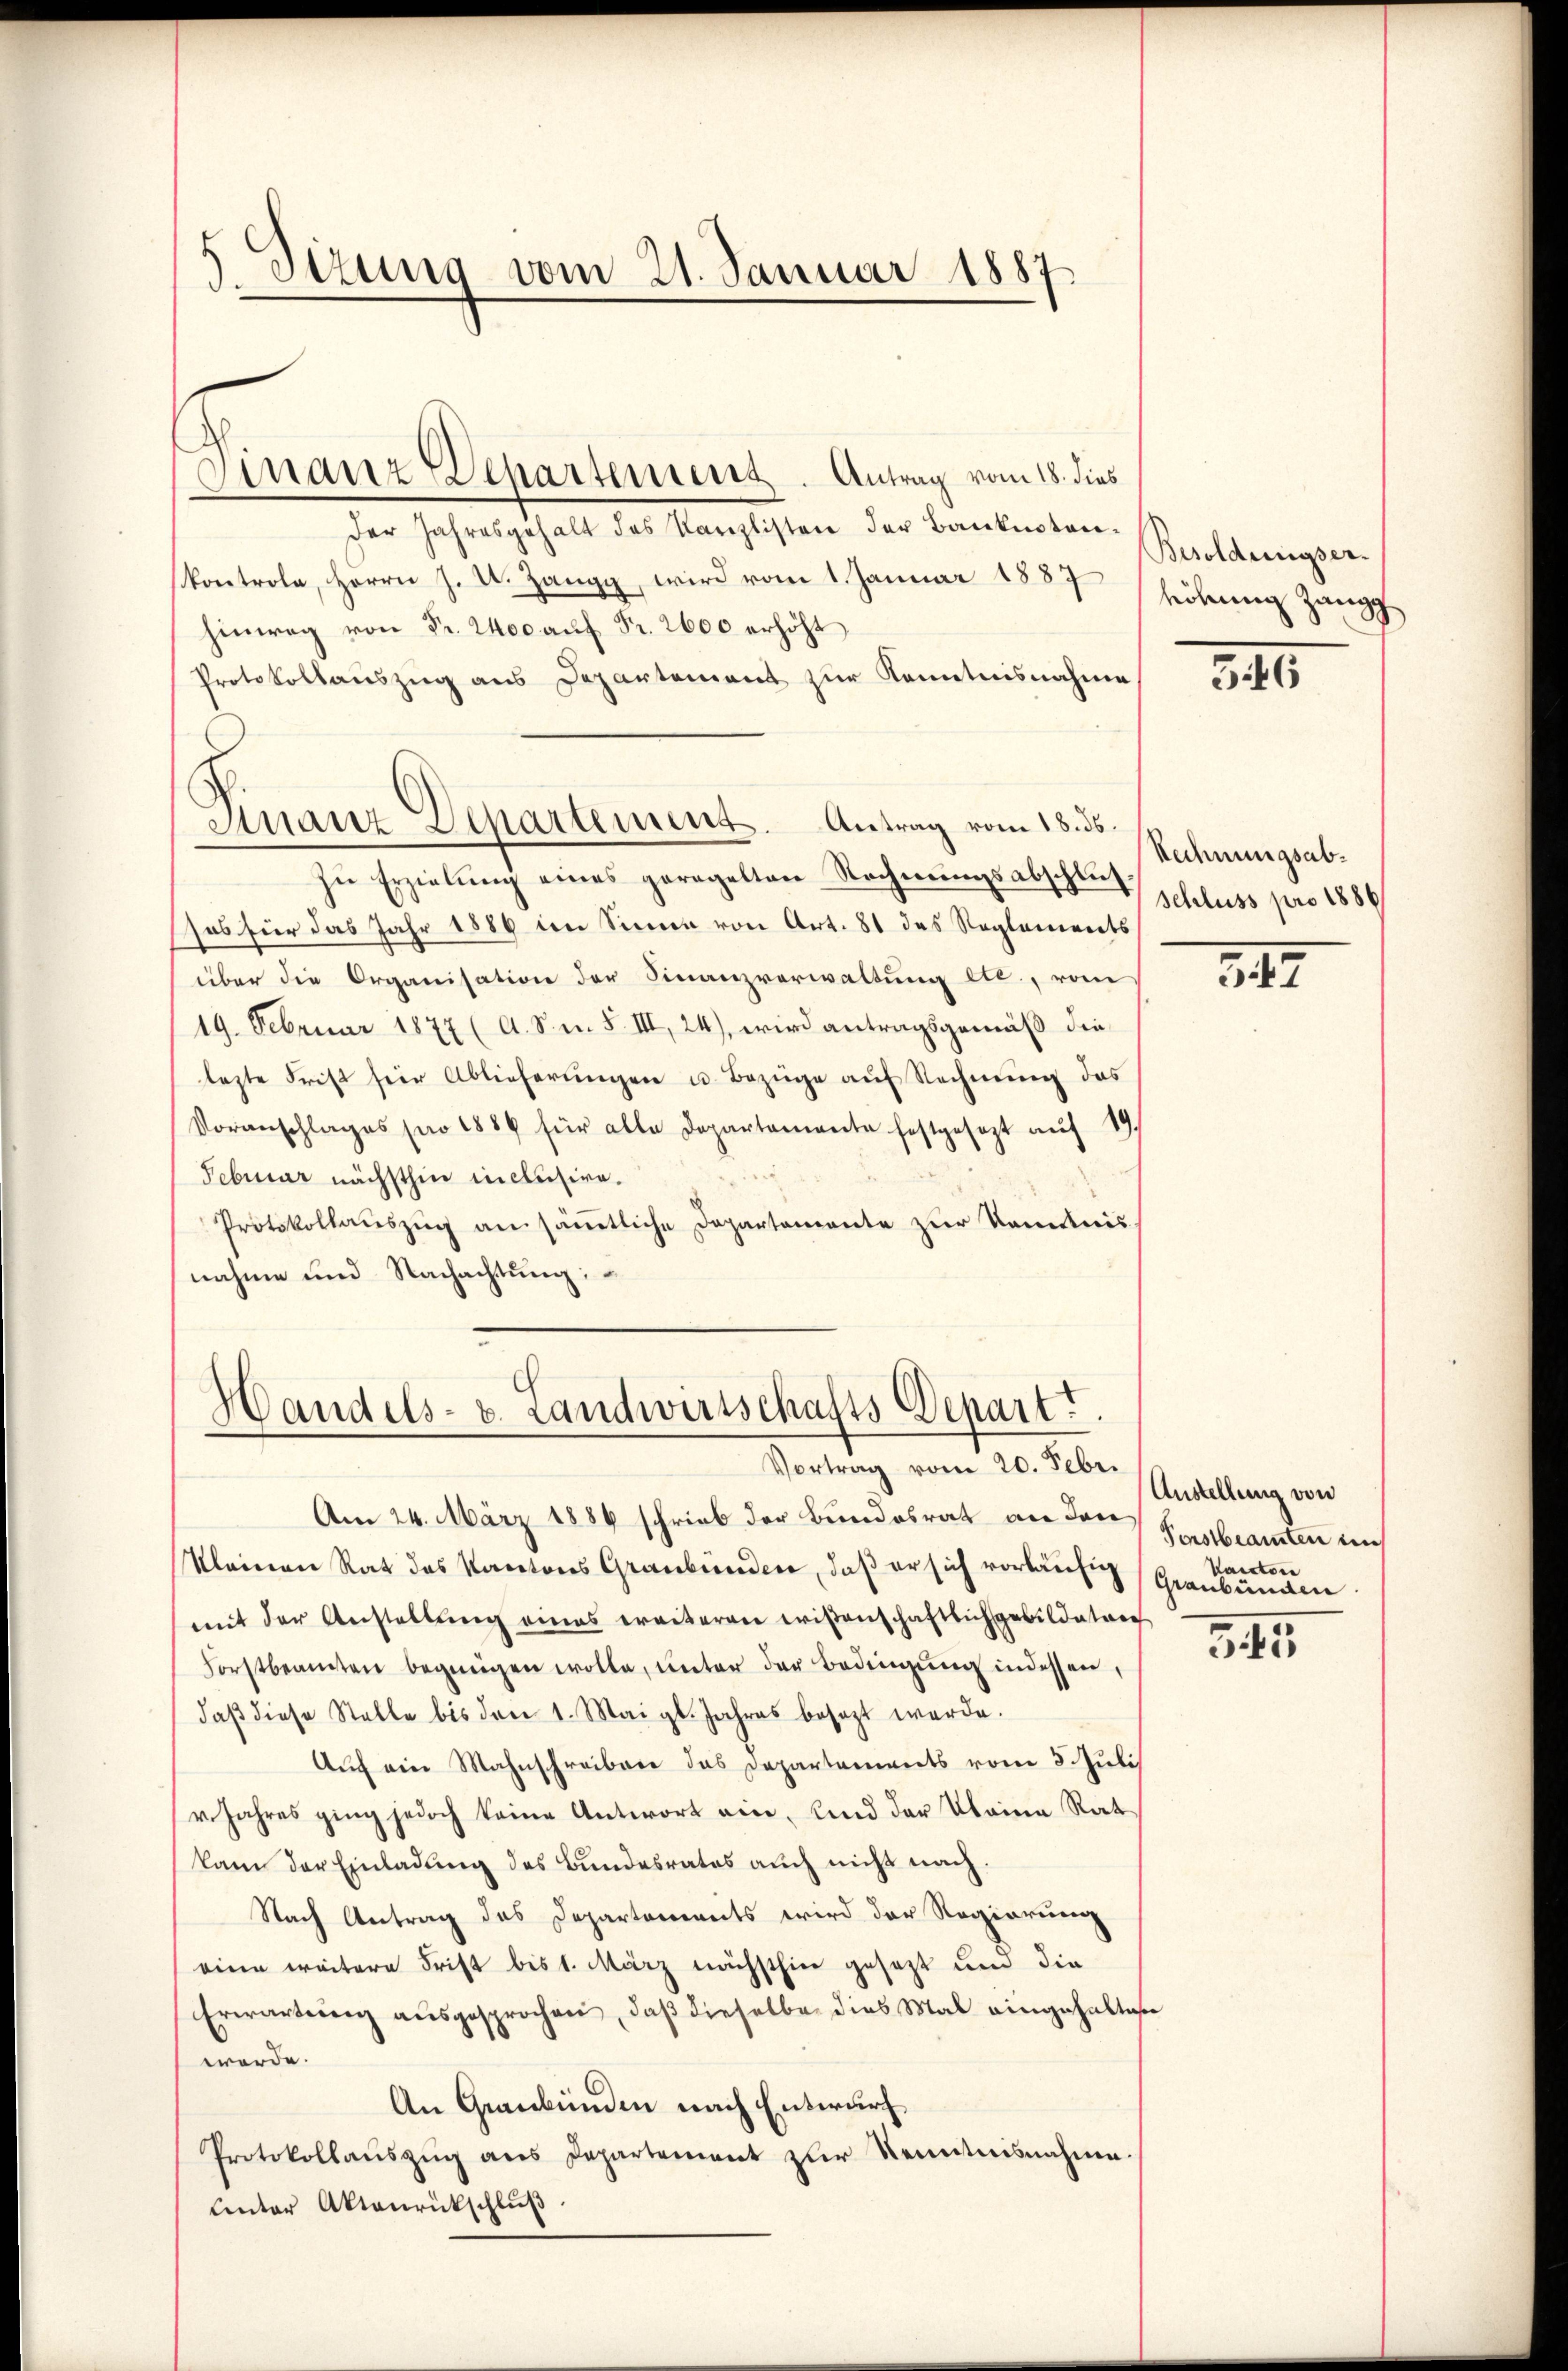
5. Stzung vom 21. Januar 1887

Finanz Departement. Antrag vom 18. dies

der Jahresgehalt des Kanzlisten der Banknoten-
kontrola, Herrn J. U. Zangg, wird vom 1 Januar 1887
hinweg von Fr. 2400 auf Fr. 2600 erhöht
Protokollauszug aus Departement zur Kenntnisnahme
zŭ Erzielung eines geregelten Rechnŭngsabschlussos für das Jahr 1886 den Sinnen von Art. 81 des Reglements
über die Organisation der Finanzverwaltung etc., vom
19. Februar 1877 (A. S. m. S. III, 24), wird antragsgemäß die
lezte Frist für Ablieferŭngen u. Bezüge aŭf Rechnung das
Voranschlages pro 1884 für alle Departemente festgesezt aŭf 19
Februar nächsthin inclusire.
Protokollauszug an sämmtliche Departemente zur Kenntnis
nahme und Nachachtung:

Finanz Departement. Antrag vom 18. ds.

Handels- u. Landwirtschafts Depart
Vortrag vom 20. Febr.

Am 24. März 1884 schrieb der Bundesrat an den
Kleinen Rat des Kantons Graubünden, daß er sich vorläufig
mit der Anstellung eines ereiteren wißenschaftlich gebildeten
Forstbeamten begnügen wolle, unter der Bedingŭng indessen,
daβ diese Stelle bis den 1. Mai gl. Jahres besezt werde.
Auch ein Mahnschreiben das Departements vom 5. Juli
v. Jahres ging jedoch keine Antwort ein, und der Kleine Rat
kam der Einladung des Bundesrates auch nicht nach.
Nach Antrag des Departements wird der Regierung
eine weitere Frist bis 1. März nächsthier gesetzt um die
Erwartung aŭsgesprochen, daβ dieselbe dies Mal eingehalte
werde.
An Graubünden nach Entwurf
Protokollaŭszŭg ans Departement zŭr Kenntnisnahme.
unter Akteŭrückschlŭβ

Besoldungserhöhung Zangg

546

Rechnungsab¬
Schluss pro 1886

34

Austellung von
Verstbeamten bei
Kantone
Graubünden

345